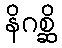
နိဂစ္ဆိ